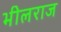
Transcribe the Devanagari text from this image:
भीलराज